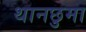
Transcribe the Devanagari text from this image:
थानछुमा